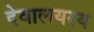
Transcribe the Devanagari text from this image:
देवालयस्य